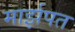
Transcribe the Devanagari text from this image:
मार्झपत